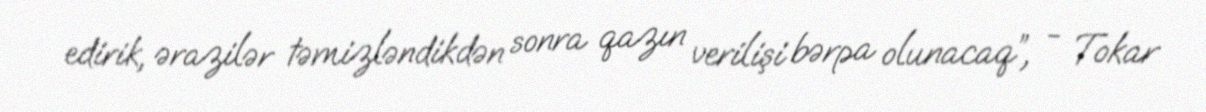
edirik, ərazilər təmizləndikdən sonra qazın verilişi bərpa olunacaq”, - Tokar